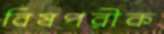
বিষপরীক